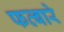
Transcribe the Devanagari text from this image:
फव्‍बारे